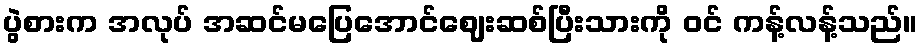
ပွဲစားက အလုပ် အဆင်မပြေအောင်ဈေးဆစ်ပြီးသားကို ဝင် ကန့်လန့်သည်။